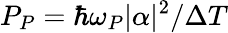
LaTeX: P_{P}=\hbar\omega_{P}|\alpha|^{2}/\Delta T